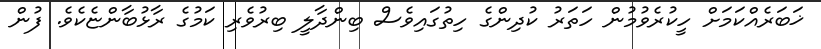
ޚަބަރެއްކަމަށް ހީކުރެވުމުން ހަތަރު ކުދިންގެ ހިތުގައިވެސް ބިންދާލީ ބިރުވެރި ކަމުގެ ރާޅުބާންޏެކެވެ. ފުން